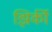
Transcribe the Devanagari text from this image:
झिर्की